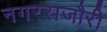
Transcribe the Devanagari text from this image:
नगरराजौरी